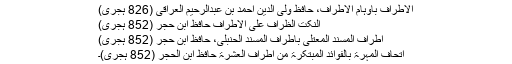
الاطراف باوہام الاطراف، حافظ ولی الدین احمد بن عبدالرحیم العراقی (826 ہجری)
النکت الظراف علی الاطراف حافظ ابن حجر (852 ہجری)
اطراف المسند المعتلی باطراف المسند الحنبلی، حافظ ابن حجر (852 ہجری)
اتحاف المہرۃ بالفوائد المبتکرۃ من اطراف العشرۃ حافظ ابن الحجر (852 ہجری)۔